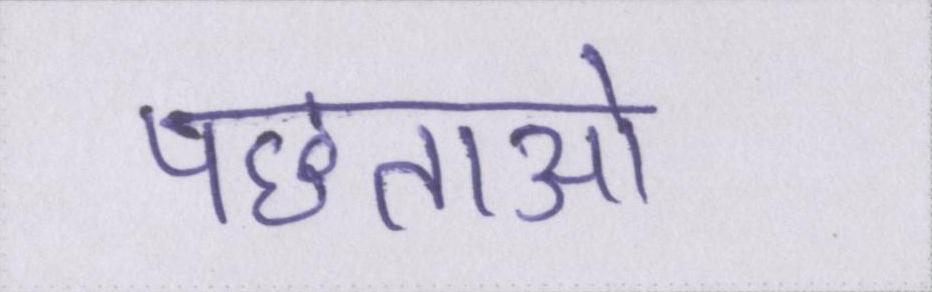
पछताओ